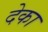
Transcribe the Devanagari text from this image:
देका